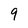
Character: 9